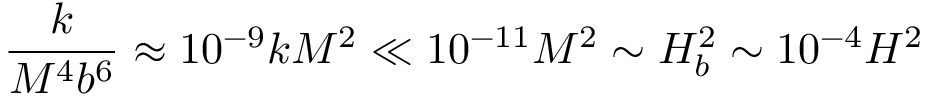
\frac { k } { M ^ { 4 } b ^ { 6 } } \approx 1 0 ^ { - 9 } k M ^ { 2 } \ll 1 0 ^ { - 1 1 } M ^ { 2 } \sim H _ { b } ^ { 2 } \sim 1 0 ^ { - 4 } H ^ { 2 }